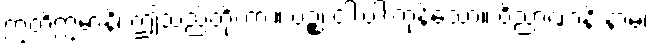
ဣတိဣမာနိ၊ ဤသည်တို့ကား။ ပဉ္စ၊ ငါးပါးကုန်သော။ ဝိညာဏာနိ နာမ၊